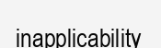
inapplicability